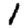
Digit: 1